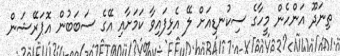
ތިނަދޫ އަންހެން މީހާގެ ސިކުނޑިއަށް ލޭ އެޅިފައިވާ ކަމަށާއި އޭގެ ސަބަބުން އޮޕަރޭޝަން